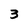
Character: 3